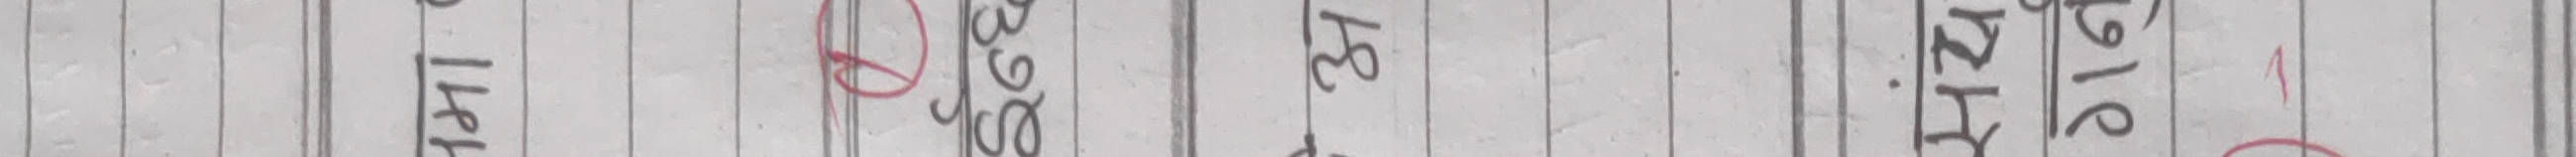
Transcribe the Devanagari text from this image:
१४१ ३९८ ३७ हिजो २१६